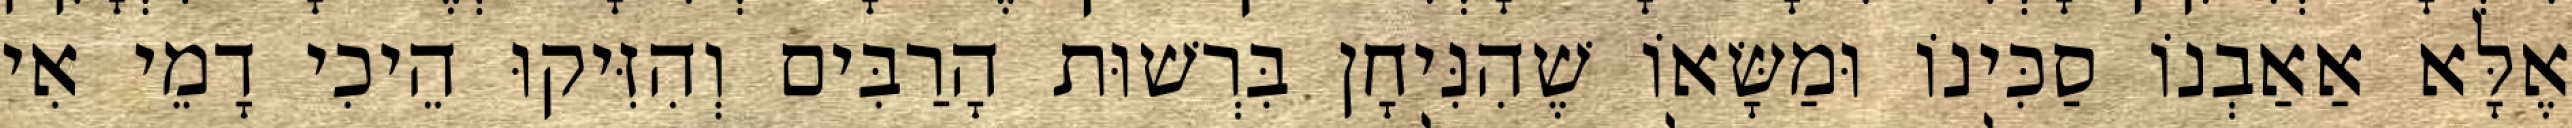
אֶלָּא אַאַבְנוֹ סַכִּינוֹ וּמַשָּׂאוֹ שֶׁהִנִּיחָן בִּרְשׁוּת הָרַבִּים וְהִזִּיקוּ הֵיכִי דָמֵי אִי